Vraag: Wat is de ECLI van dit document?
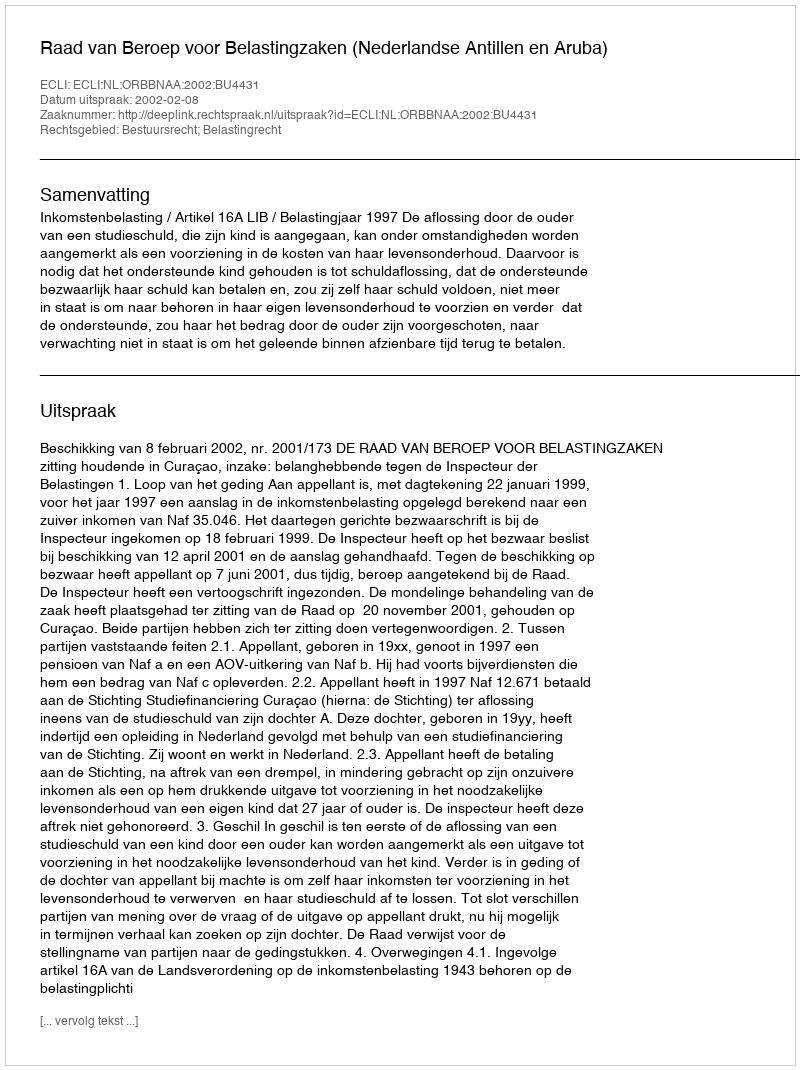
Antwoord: ECLI:NL:ORBBNAA:2002:BU4431